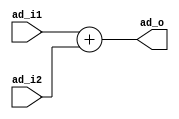
module adder (
    input [31:0]    ad_i1,
    input [31:0]    ad_i2,
    output reg [31:0]   ad_o
);
    
 always @(*) begin
    ad_o <= ad_i1 + ad_i2;
 end


endmodule